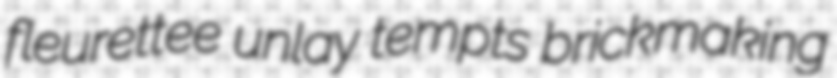
fleurettee unlay tempts brickmaking